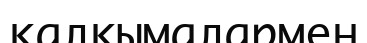
қалқымалармен